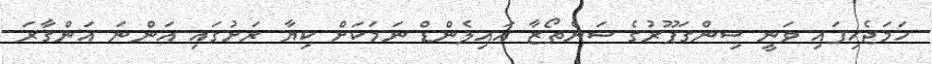
ހަމަޖެހިފައި ވަނީ ސިންގަޕޫރުގެ ސަންތޯޒާ އައިލެންޑް ނަމަކަށް ކިޔާ ރަށުގައި އަންނަ އަންގާރަ